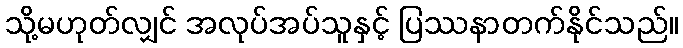
သို့မဟုတ်လျှင် အလုပ်အပ်သူနှင့် ပြဿနာတက်နိုင်သည်။